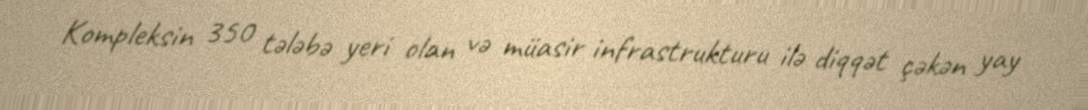
Kompleksin 350 tələbə yeri olan və müasir infrastrukturu ilə diqqət çəkən yay